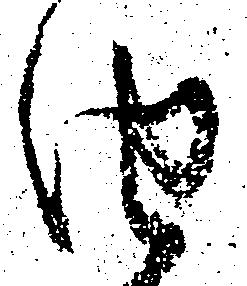
由